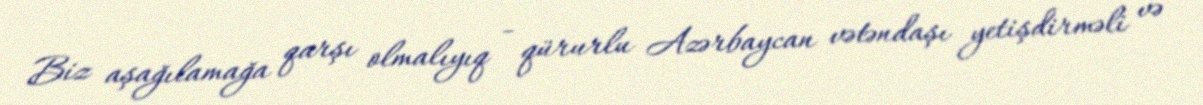
Biz aşağılamağa qarşı olmalıyıq - qürurlu Azərbaycan vətəndaşı yetişdirməli və